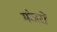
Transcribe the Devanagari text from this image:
मंजरों